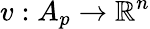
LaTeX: v:A_{p}\to\mathbb{R}^{n}